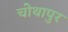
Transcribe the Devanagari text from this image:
चोथापुर